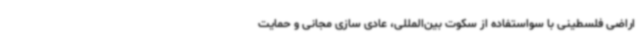
اراضی فلسطینی با سواستفاده از سکوت بین‌المللی، عادی سازی مجانی و حمایت